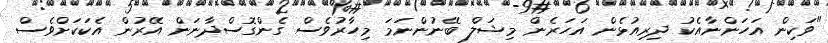
"ވަކިން އަހަންނާއެކު ދިރިއުޅެން އަހަރެން މިޝަލް ބޭނުންނަމަ މިހާރުވެސް ގެންގޮސްދާނަން އޭރުން އެކަކަށްވެސް